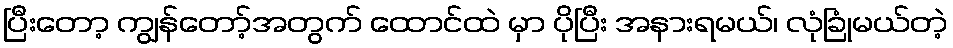
ပြီးတော့ ကျွန်တော့်အတွက် ထောင်ထဲ မှာ ပိုပြီး အနားရမယ်၊ လုံခြုံမယ်တဲ့